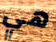
هي